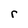
Character: r